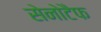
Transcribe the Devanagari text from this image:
सेनोटैफ